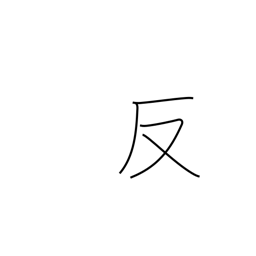
Meaning: anti-